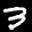
Label: 3